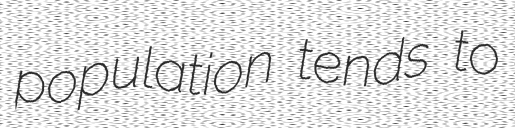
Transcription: population tends to